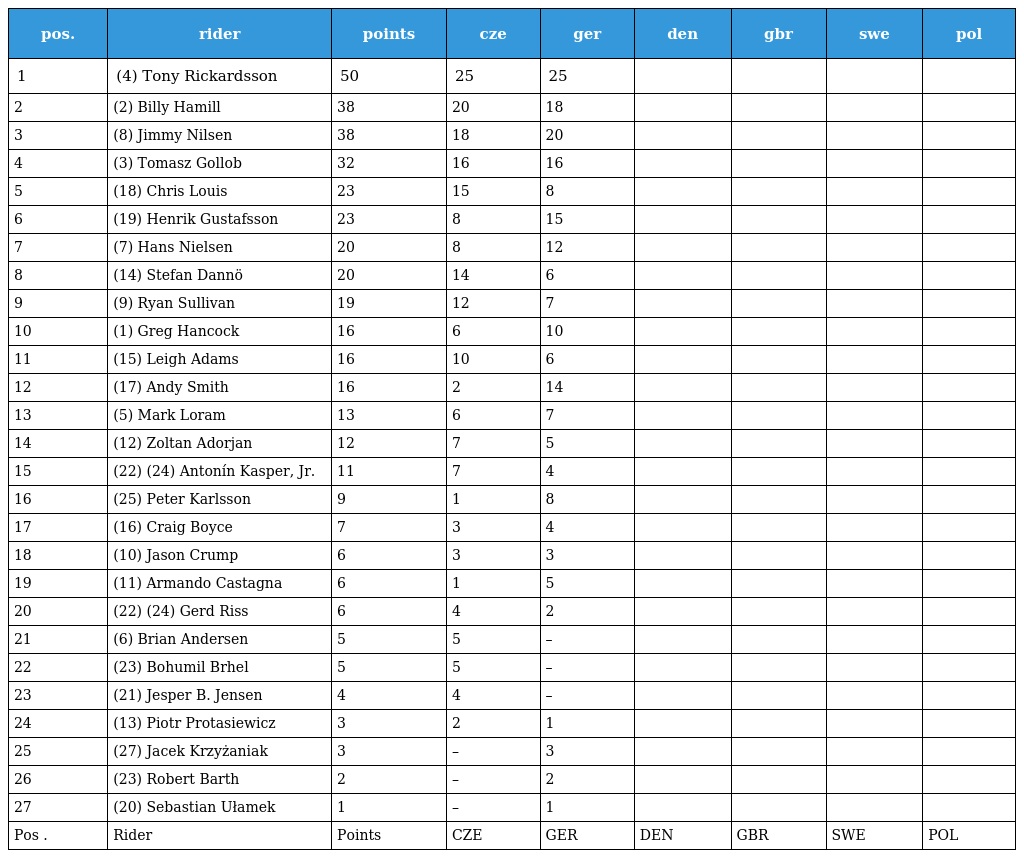
| pos. | rider | points | cze | ger | den | gbr | swe | pol |
 | --- | --- | --- | --- | --- | --- | --- | --- | --- |
 | 1 | (4) Tony Rickardsson | 50 | 25 | 25 |  |  |  |  |
 | 2 | (2) Billy Hamill | 38 | 20 | 18 |  |  |  |  |
 | 3 | (8) Jimmy Nilsen | 38 | 18 | 20 |  |  |  |  |
 | 4 | (3) Tomasz Gollob | 32 | 16 | 16 |  |  |  |  |
 | 5 | (18) Chris Louis | 23 | 15 | 8 |  |  |  |  |
 | 6 | (19) Henrik Gustafsson | 23 | 8 | 15 |  |  |  |  |
 | 7 | (7) Hans Nielsen | 20 | 8 | 12 |  |  |  |  |
 | 8 | (14) Stefan Dannö | 20 | 14 | 6 |  |  |  |  |
 | 9 | (9) Ryan Sullivan | 19 | 12 | 7 |  |  |  |  |
 | 10 | (1) Greg Hancock | 16 | 6 | 10 |  |  |  |  |
 | 11 | (15) Leigh Adams | 16 | 10 | 6 |  |  |  |  |
 | 12 | (17) Andy Smith | 16 | 2 | 14 |  |  |  |  |
 | 13 | (5) Mark Loram | 13 | 6 | 7 |  |  |  |  |
 | 14 | (12) Zoltan Adorjan | 12 | 7 | 5 |  |  |  |  |
 | 15 | (22) (24) Antonín Kasper, Jr. | 11 | 7 | 4 |  |  |  |  |
 | 16 | (25) Peter Karlsson | 9 | 1 | 8 |  |  |  |  |
 | 17 | (16) Craig Boyce | 7 | 3 | 4 |  |  |  |  |
 | 18 | (10) Jason Crump | 6 | 3 | 3 |  |  |  |  |
 | 19 | (11) Armando Castagna | 6 | 1 | 5 |  |  |  |  |
 | 20 | (22) (24) Gerd Riss | 6 | 4 | 2 |  |  |  |  |
 | 21 | (6) Brian Andersen | 5 | 5 | – |  |  |  |  |
 | 22 | (23) Bohumil Brhel | 5 | 5 | – |  |  |  |  |
 | 23 | (21) Jesper B. Jensen | 4 | 4 | – |  |  |  |  |
 | 24 | (13) Piotr Protasiewicz | 3 | 2 | 1 |  |  |  |  |
 | 25 | (27) Jacek Krzyżaniak | 3 | – | 3 |  |  |  |  |
 | 26 | (23) Robert Barth | 2 | – | 2 |  |  |  |  |
 | 27 | (20) Sebastian Ułamek | 1 | – | 1 |  |  |  |  |
 | Pos . | Rider | Points | CZE | GER | DEN | GBR | SWE | POL |